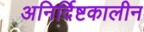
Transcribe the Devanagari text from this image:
अनिर्दिष्टकालीन